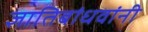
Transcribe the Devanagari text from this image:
ज्ञातिबांधवांनी